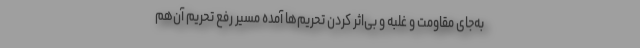
به‌جای مقاومت و غلبه و بی‌اثر کردن تحریم‌ها آمده مسیر رفع تحریم آن‌هم